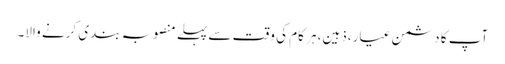
آپ کا دشمن عیار،ذہین، ہر کام کی وقت سے پہلے منصوبہ بندی کرنے والا۔